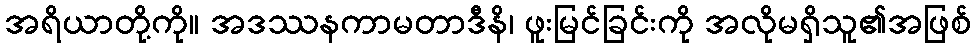
အရိယာတို့ကို။ အဒဿနကာမတာဒီနိ၊ ဖူးမြင်ခြင်းကို အလိုမရှိသူ၏အဖြစ်